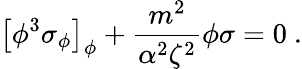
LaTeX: \left[\phi^{3}\sigma_{\phi}\right]_{\phi}+{\frac{m^{2}}{\alpha^{2}\zeta^{2}}}\phi\sigma=0~.